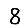
Digit: 8